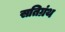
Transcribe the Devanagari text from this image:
सतिग्रंथ